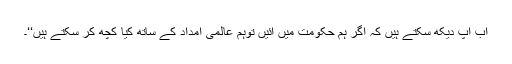
اب آپ دیکھ سکتے ہیں کہ اگر ہم حکومت میں آئیں توہم عالمی امداد کے ساتھ کیا کچھ کر سکتے ہیں‘‘۔